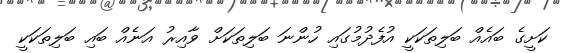
ކަށީގެ ބައެއް ބަލިތަކަކީ އުފެދުމުގައި ހުންނަ ބަލިތަކަށް ވާއިރު އަނެއް ބައި ބަލިތަކަކީ